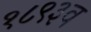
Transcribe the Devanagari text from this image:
१८९३व